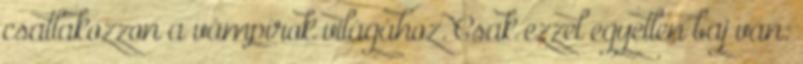
csatlakozzon a vámpírok világához. Csak ezzel egyetlen baj van: